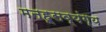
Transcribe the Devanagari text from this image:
मनहूसव्यंग्य